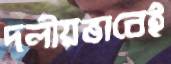
দলীয়ভাবেই